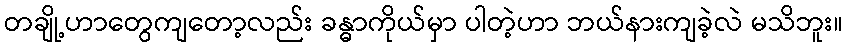
တချို့ဟာတွေကျတော့လည်း ခန္ဓာကိုယ်မှာ ပါတဲ့ဟာ ဘယ်နားကျခဲ့လဲ မသိဘူး။